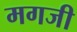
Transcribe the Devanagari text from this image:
मगजी